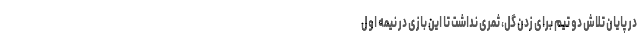
در پایان تلاش دو تیم برای زدن گل، ثمری نداشت تا این بازی در نیمه اول